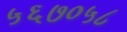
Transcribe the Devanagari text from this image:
५६७०५८